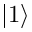
| 1 \rangle